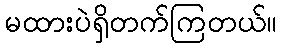
မထားပဲရှိတက်ကြတယ်။